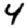
Digit: 4